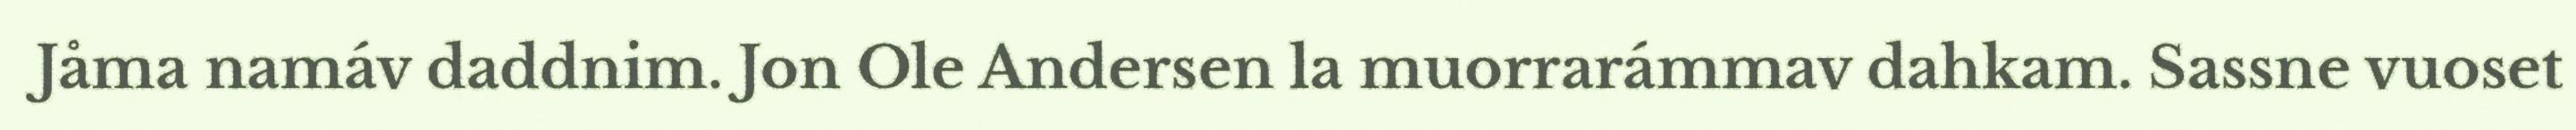
Jåma namáv daddnim. Jon Ole Andersen la muorrarámmav dahkam. Sassne vuoset